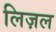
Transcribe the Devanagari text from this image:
लिज़ल